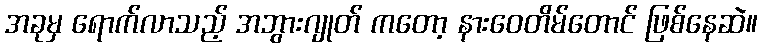
အခုမှ ရောက်လာသည့် အဘွားဂျုတ် ကတော့ နားဝေတိမ်တောင် ဖြစ်နေဆဲ။